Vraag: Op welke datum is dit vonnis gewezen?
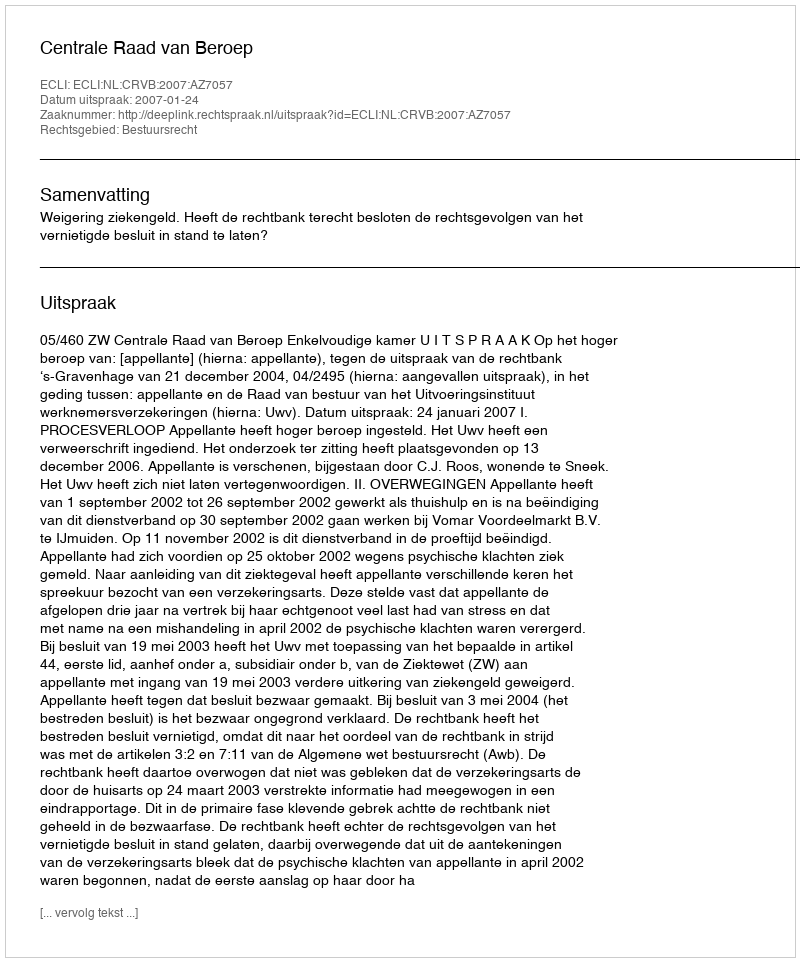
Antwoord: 2007-01-24